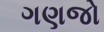
ગણજો